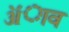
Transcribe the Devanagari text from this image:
ॲाव